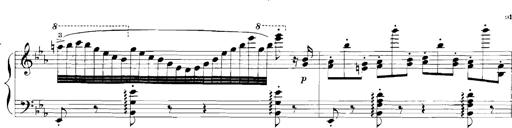
Title: Rhapsodies hongroises
Composer: Franz Liszt